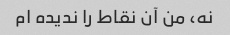
نه، من آن نقاط را ندیده ام